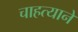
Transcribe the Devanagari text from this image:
चाहत्याने